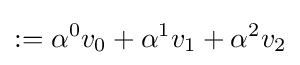
:=\alpha ^{0}v_{0}+\alpha ^{1}v_{1}+\alpha ^{2}v_{2}